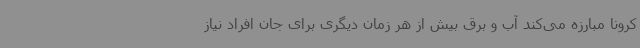
کرونا مبارزه می‌کند آب و برق بیش از هر زمان دیگری برای جان افراد نیاز